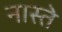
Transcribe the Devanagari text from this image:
नास्‍ते